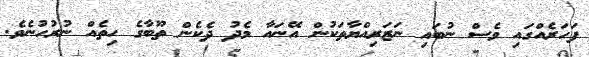
ފަހަރެއްގައި ވެސް ނުބައި ނަޒަރިއްޔާތަކުން އޭނައާ މެދު ދެކެން ތޫބާގެ ހިތެއް ނުރުހުނެވެ.